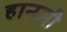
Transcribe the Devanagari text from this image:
हानज़ी